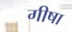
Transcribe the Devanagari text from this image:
गीषा